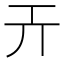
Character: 𢀘